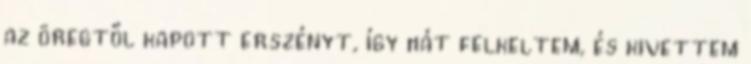
az öregtől kapott erszényt, így hát felkeltem, és kivettem